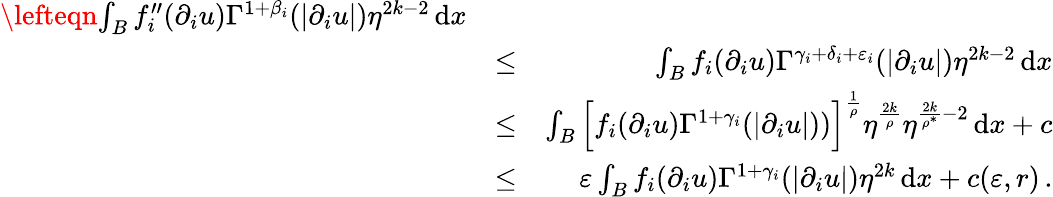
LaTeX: \begin{array}{rlr}{\lefteqn{\int_{B}f_{i}^{\prime\prime}(\partial_{i}u)\Gamma^{1+\beta_{i}}(|\partial_{i}u|)\eta^{2k-2}\, \mathrm{d}x}}\\ &{\leq}&{\int_{B}f_{i}(\partial_{i}u)\Gamma^{\gamma_{i}+\delta_{i}+\varepsilon_{i}}(|\partial_{i}u|)\eta^{2k-2}\, \mathrm{d}x}\\ &{\leq}&{\int_{B}\Big[f_{i}(\partial_{i}u)\Gamma^{1+\gamma_{i}}(|\partial_{i}u|))\Big]^{\frac{1}{\rho}}\eta^{\frac{2k}{\rho}}\eta^{\frac{2k}{\rho^{*}}-2}\, \mathrm{d}x+c}\\ &{\leq}&{\varepsilon\int_{B}f_{i}(\partial_{i}u)\Gamma^{1+\gamma_{i}}(|\partial_{i}u|)\eta^{2k}\, \mathrm{d}x+c(\varepsilon,r)\, .}\end{array}